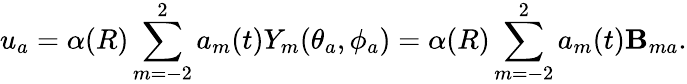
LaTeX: u_{a}=\alpha(R)\sum_{m=-2}^{2}a_{m}(t)Y_{m}(\theta_{a},\phi_{a})=\alpha(R)\sum_{m=-2}^{2}a_{m}(t)\mathbf{B}_{ma}.